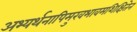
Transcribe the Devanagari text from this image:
अभ्यर्थनापिमुखभावमशिक्षितेन